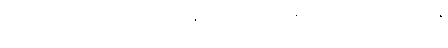
သုပ္ပတိဋ္ဌအမည်ရှိသော။ နိဂြောဓရာဇဿ၊ ပညောင်ပင်မင်း၏။ ဧကံ၊ တခုသော။ ခန္ဓံ၊